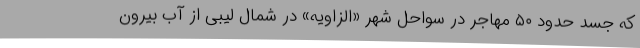
که جسد حدود ۵۰ مهاجر در سواحل شهر «الزاویه» در شمال لیبی از آب بیرون